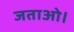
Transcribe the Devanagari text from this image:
जताओ।